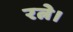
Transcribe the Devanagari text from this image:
रत्ने।